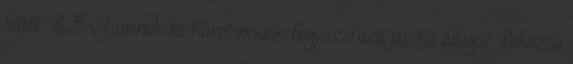
hajat. A B-vitaminok és karotinoidok fogyasztása javítja állagát, fokozza